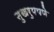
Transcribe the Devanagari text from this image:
सुखरुपपणे